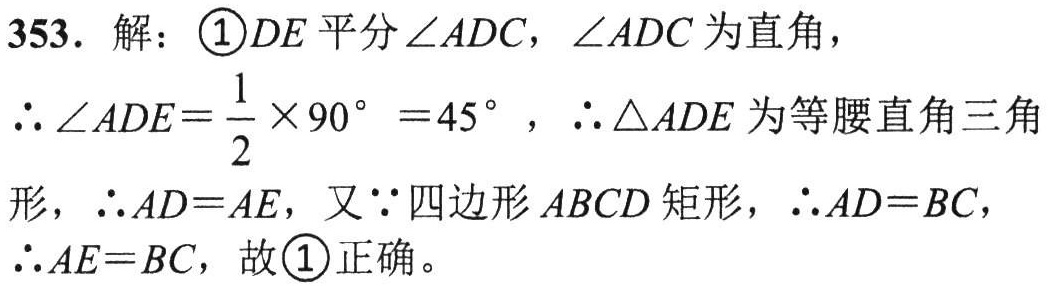
353. 解：\textcircled{1}\(DE\)平分\(\angle ADC\)，\(\angle ADC\)为直角，
\(\therefore \angle ADE=\dfrac{1}{2}\times90^{\circ}=45^{\circ}\)，\(\therefore \triangle ADE\)为等腰直角三角
形，\(\therefore AD = AE\)，又\(\because\)四边形\(ABCD\)矩形，\(\therefore AD = BC\)，
\(\therefore AE = BC\)，故\textcircled{1}正确。